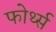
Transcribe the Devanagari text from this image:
फोर्थ्स